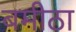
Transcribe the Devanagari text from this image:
बमीठा